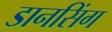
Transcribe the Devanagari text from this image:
डानसिंग